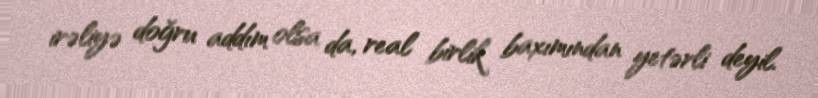
irəliyə doğru addım olsa da, real birlik baxımından yetərli deyil.